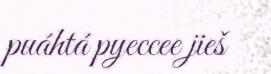
puáhtá pyeccee jieš